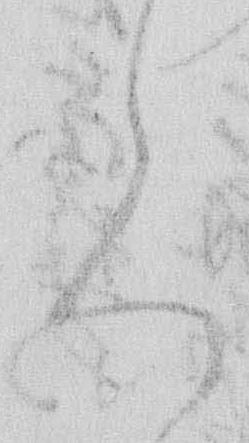
て